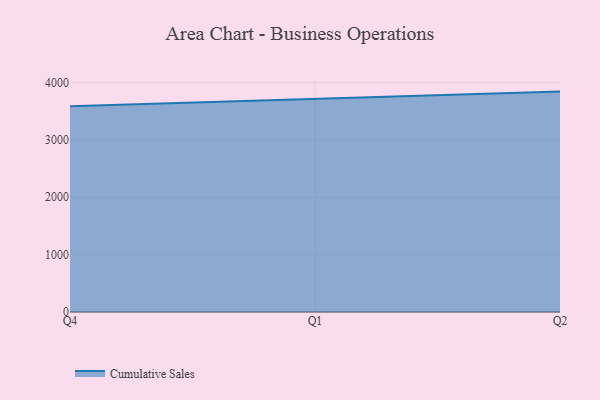
{"axis": {"x": "Quarter", "y": "LTV (USD)"}, "legend": ["Cumulative Sales"], "data": [{"x": "Q4", "y": 3588.1, "type": "Cumulative Sales"}, {"x": "Q1", "y": 3716.1, "type": "Cumulative Sales"}, {"x": "Q2", "y": 3841.7, "type": "Cumulative Sales"}]}